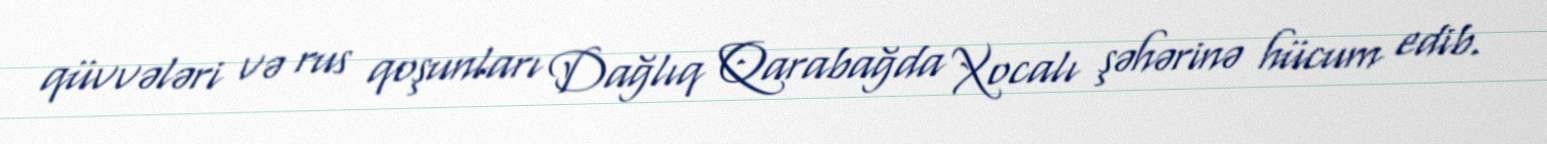
qüvvələri və rus qoşunları Dağlıq Qarabağda Xocalı şəhərinə hücum edib.